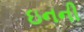
ઇનની